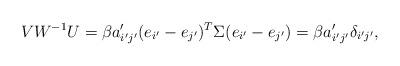
\begin{align*}VW^{-1}U=\beta a_{i'j'}'(e_{i'}-e_{j'})^{T}\Sigma(e_{i'}-e_{j'})=\beta a_{i'j'}'\delta_{i'j'},\end{align*}